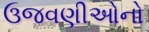
ઉજવણીઓનો